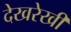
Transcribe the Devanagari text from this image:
देखरेखी